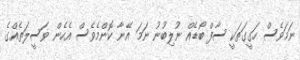
ނަމަވެސް ހަގީގަތަކީ ސާފް ބޯޑެއް ނުލިބުނު ނަމަ އޭނާ ކޮންމެވެސް އެހެން ވަސީލަތެއްގެ